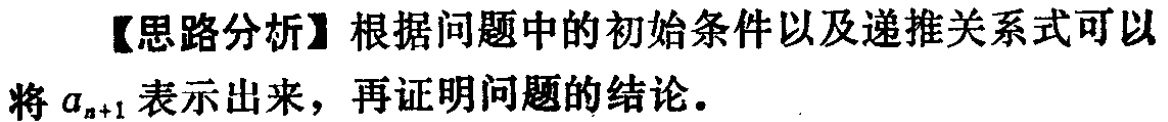
【思路分析】根据问题中的初始条件以及递推关系式可以将 \(a_{n + 1}\) 表示出来，再证明问题的结论。